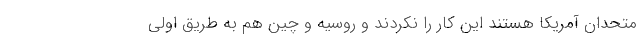
متحدان آمریکا هستند این کار را نکردند و روسیه و چین هم به طریق اولی